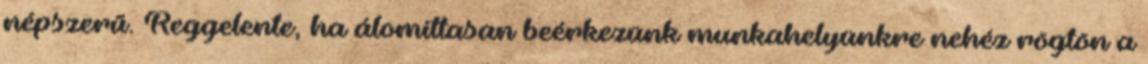
népszerű. Reggelente, ha álomittasan beérkezünk munkahelyünkre nehéz rögtön a